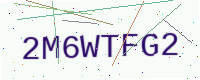
Text: 2M6WTFG2